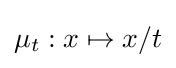
\mu _{t}:x\mapsto x/t